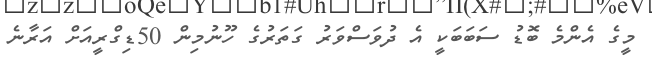
މީގެ އެންމެ ބޮޑު ސަބަބަކީ އެ ދުވަސްވަރު ގަތަރުގެ ހޫނުމިން 50ޑިގްރީއަށް އަރާނެ